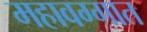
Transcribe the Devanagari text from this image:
महावग्गात